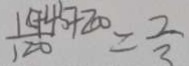
\frac { 1 5 + 4 5 + 2 0 } { 1 2 0 } = \frac { 2 } { 3 }